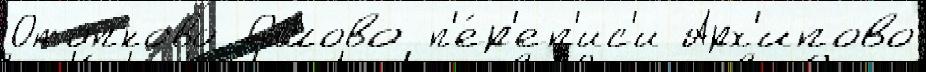
Отопково Ошово п'е́р'еп'ис'и Арх'ипово